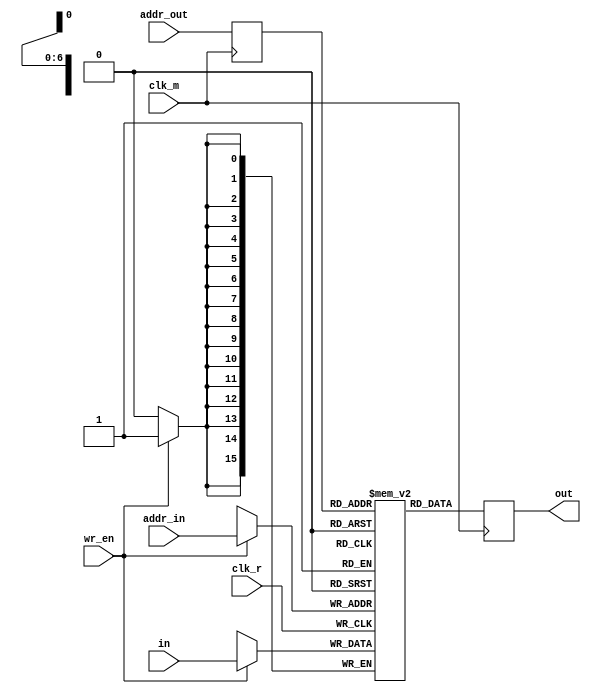
`timescale 1ns / 1ps
//////////////////////////////////////////////////////////////////////////////////
// Company: 
// Engineer: 
// 
// Design Name: 
// Module Name: RAM_coeff
// Project Name: 
// Target Devices: 
// Tool Versions: 
// Description: 
// 
// Dependencies: 
// 
// Revision:
// Revision 0.01 - File Created
// Additional Comments:
// 
//////////////////////////////////////////////////////////////////////////////////


module RAM_coeff(
    input clk_m,
    input clk_r,
    input wr_en,
    input [6:0] addr_in,
    input [6:0] addr_out,
    input signed [15:0] in,
    output reg signed [15:0] out
    );
    
    reg [6:0] addr_out_r;
    reg [15:0] mem [0:71]; 
    
    always @(posedge clk_r) begin
        if (wr_en)
            mem[addr_in] <= in;
    end
    
    always @(posedge clk_m) begin
        out <= mem[addr_out_r];
        addr_out_r <= addr_out;
    end
endmodule